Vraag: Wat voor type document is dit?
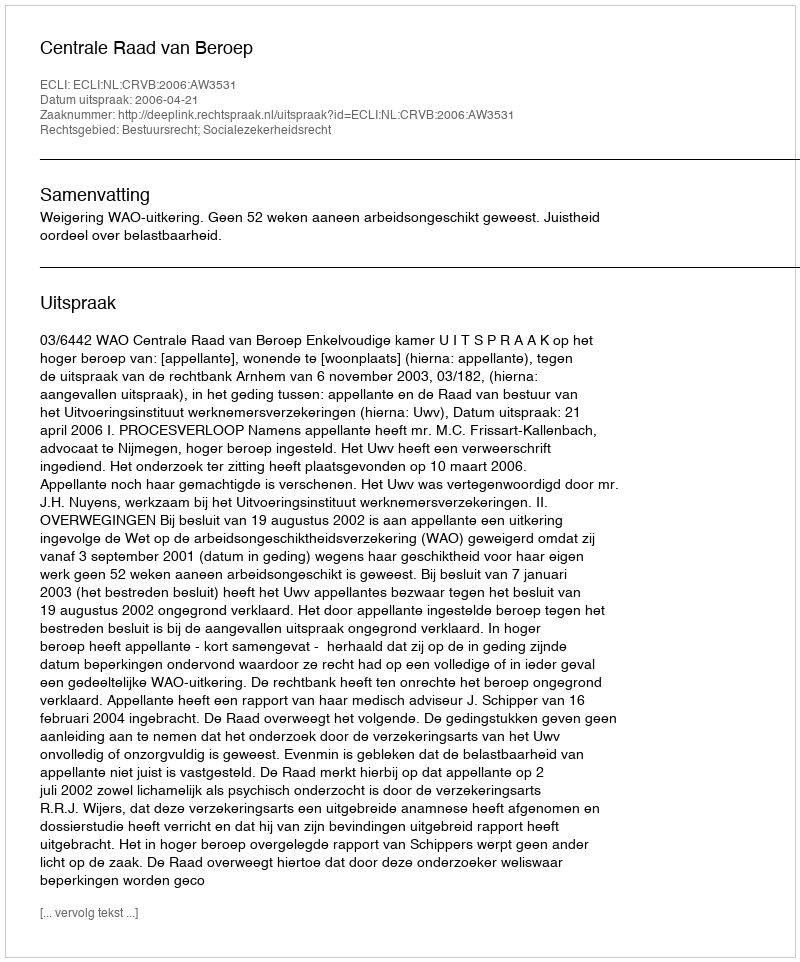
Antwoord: Uitspraak